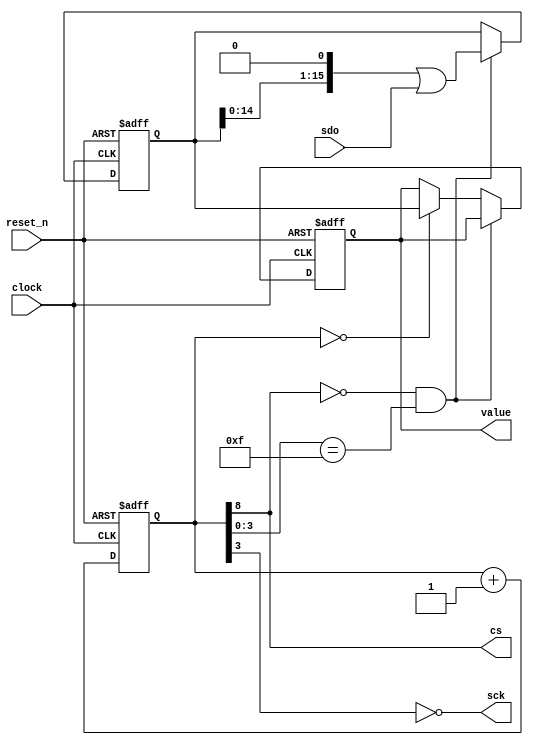
module mfp_pmod_als_spi_receiver
(
    input             clock,
    input             reset_n,
    output            cs,
    output            sck,
    input             sdo,
    output reg [15:0] value
);

    reg [21:0] cnt;
    reg [15:0] shift;

    always @ (posedge clock or negedge reset_n)
    begin       
        if (! reset_n)
            cnt <= 22'b100;
        else
            cnt <= cnt + 22'b1;
    end

    assign sck = ~ cnt [3];
    assign cs  =   cnt [8];

    wire sample_bit = ( cs == 1'b0 && cnt [3:0] == 4'b1111 );
    wire value_done = ( cnt [21:0] == 22'b0 );

    always @ (posedge clock or negedge reset_n)
    begin       
        if (! reset_n)
        begin       
            shift <= 16'h0000;
            value <= 16'h0000;
        end
        else if (sample_bit)
        begin       
            shift <= (shift << 1) | sdo;
        end
        else if (value_done)
        begin       
            value <= shift;
        end
    end

endmodule